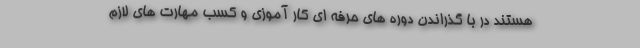
هستند در با گذراندن دوره های حرفه ای کار آموزی و کسب مهارت های لازم